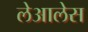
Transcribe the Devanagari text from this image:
लेआलेस